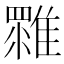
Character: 𩀚